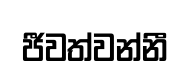
ජීවත්වන්නී